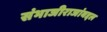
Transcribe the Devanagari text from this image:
संभाजीराजांबद्दल